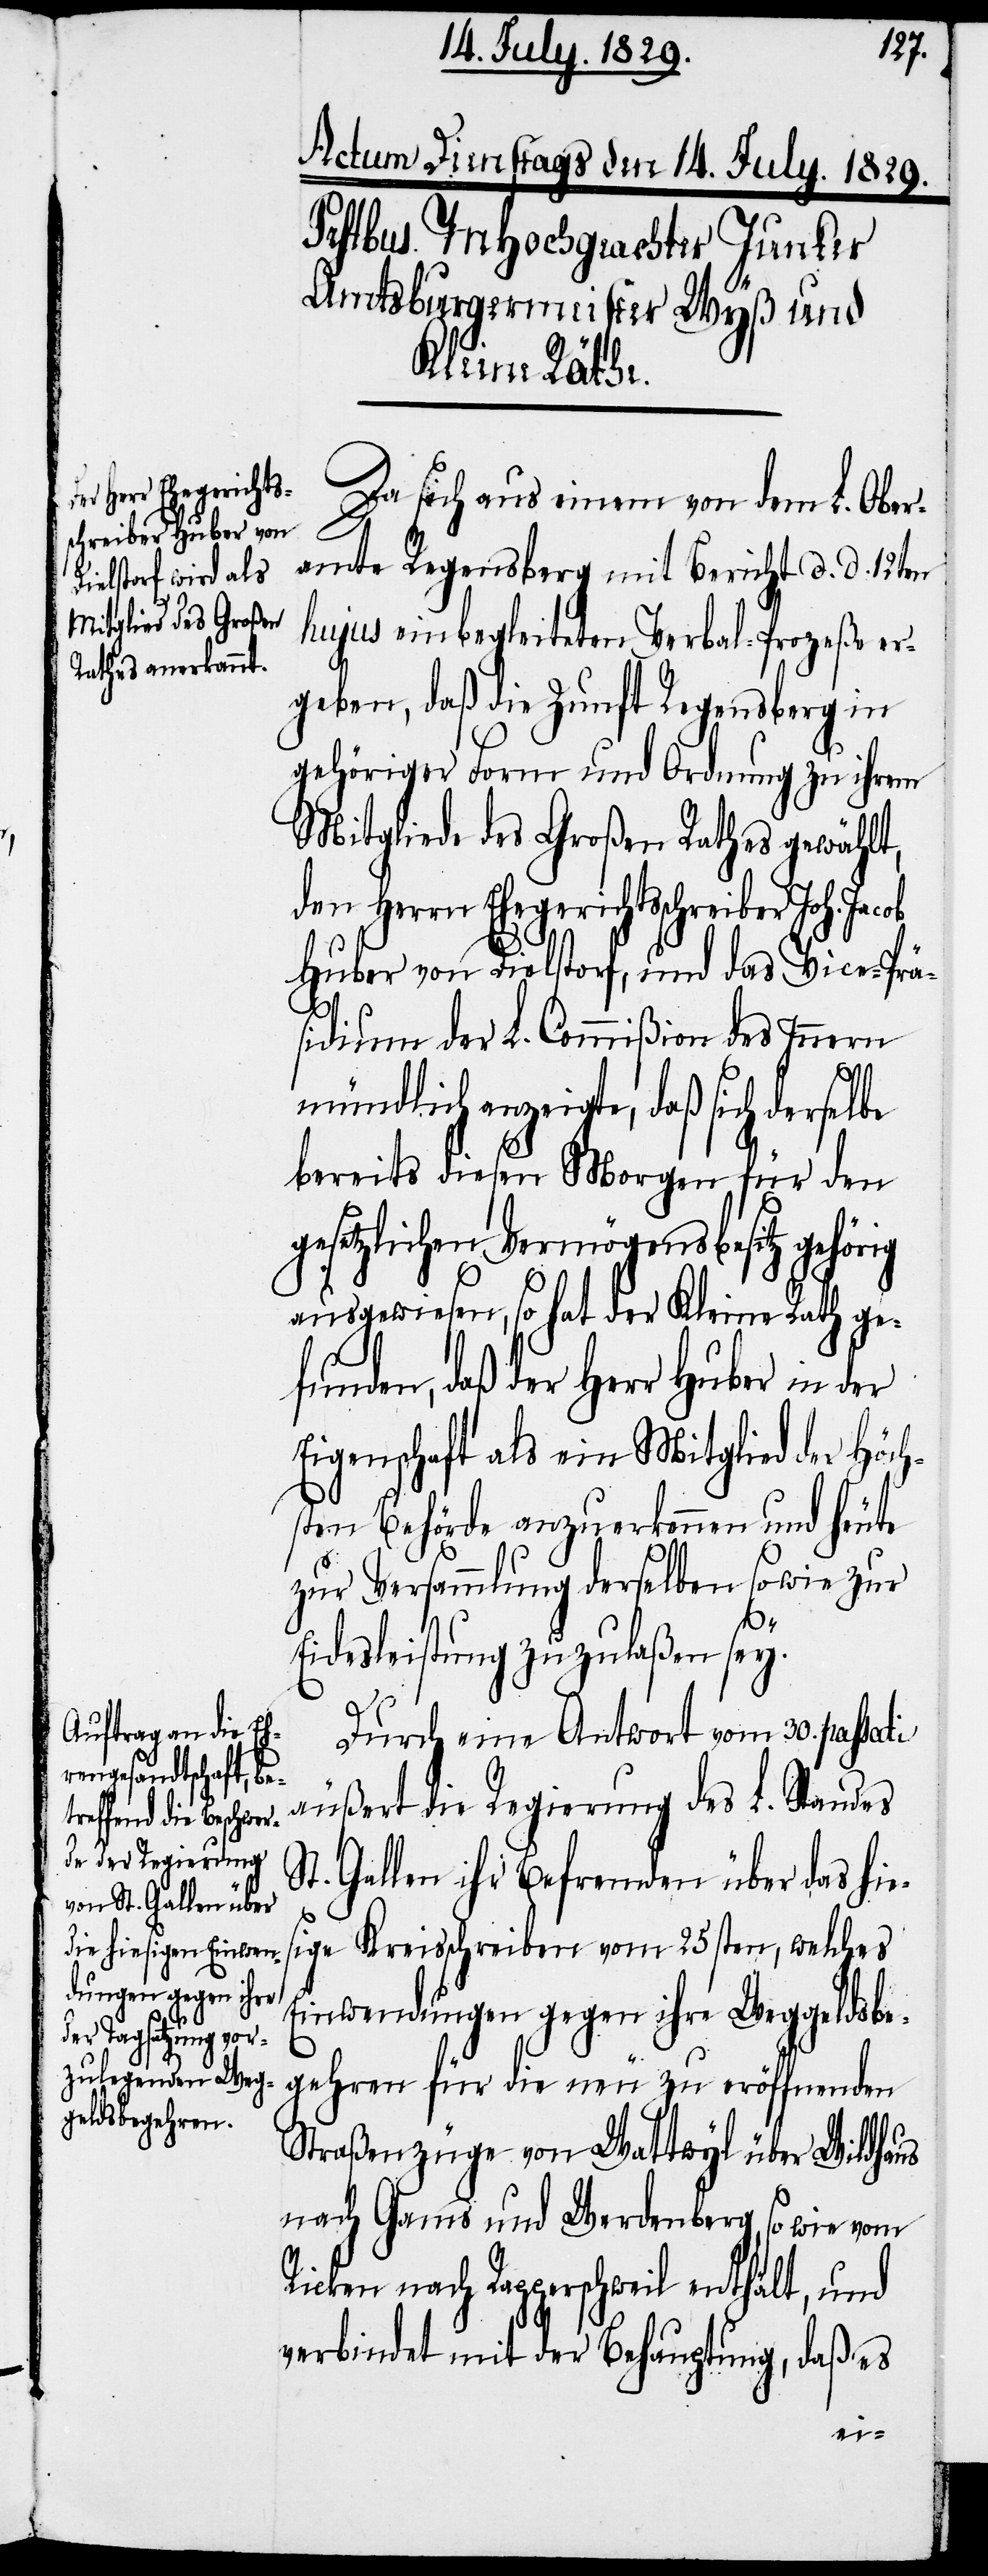
Da sich aus einem von dem L. Ober¬
amte Regensberg mit Bericht d. d. 12ten
hujus einbegleiteten Verbal-Prozeße er¬
geben, daß die Zunft Regensberg in
gehöriger Form und Ordnung zu ihrem
Mitgliede des Großen Rathes gewählt,
den Herrn Ehegerichtsschreiber
Huber von Dielstorf, und das Vice-Prä¬
sidium der L. Commißion des Innern
mündlich anzeigte, daß sich dersel¬
bereits diesen Morgen für den
gesetzlichen Vermögensbesitz gehörig
ausgewiesen, so hat der Kleine Rath ge¬
funden, daß der Herr Huber in der
Eigenschaft als ein Mitglied der Höch¬
sten Behörde anzuerkennen und heute
zur Versammlung derselben sowie zur
be
Eidesleistung zuzulaßen sey.
Durch eine Antwort vom 30. passati
äußert die Regierung des L. Standes
St. Gallen ihr Befremden über das hie¬
sige Kreisschreiben vom 25sten, welches
Einwendungen gegen ihre Weggeldsbe¬
gehren für die neu zu eröffnenden
Straßenzüge von Wattwyl über Wildhaus
nach Gams und Werdenberg, so wie vom
Ricken nach Rapperschweil enthält, und
verbindet mit der Behauptung, daß es